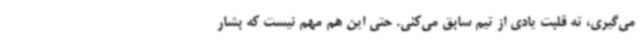
می‌گیری، ته قلبت یادی از تیم سابق می‌کنی. حتی این هم مهم نیست که بشار